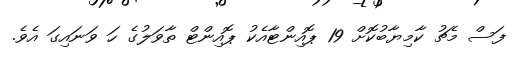
ފަސް މެޗު ކާމިޔާބުކޮށް 19 ޕޮއިންޓާއެކު ޕޮއިންޓް ތާވަލުގެ ހަ ވަނައިގަ އެވެ.